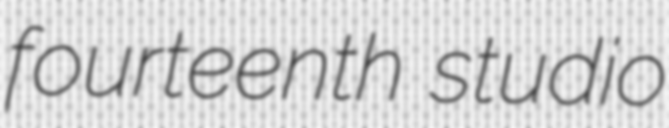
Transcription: fourteenth studio